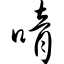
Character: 唷